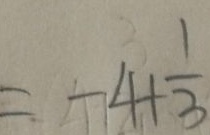
= - 4 + \frac { 1 } { 3 }